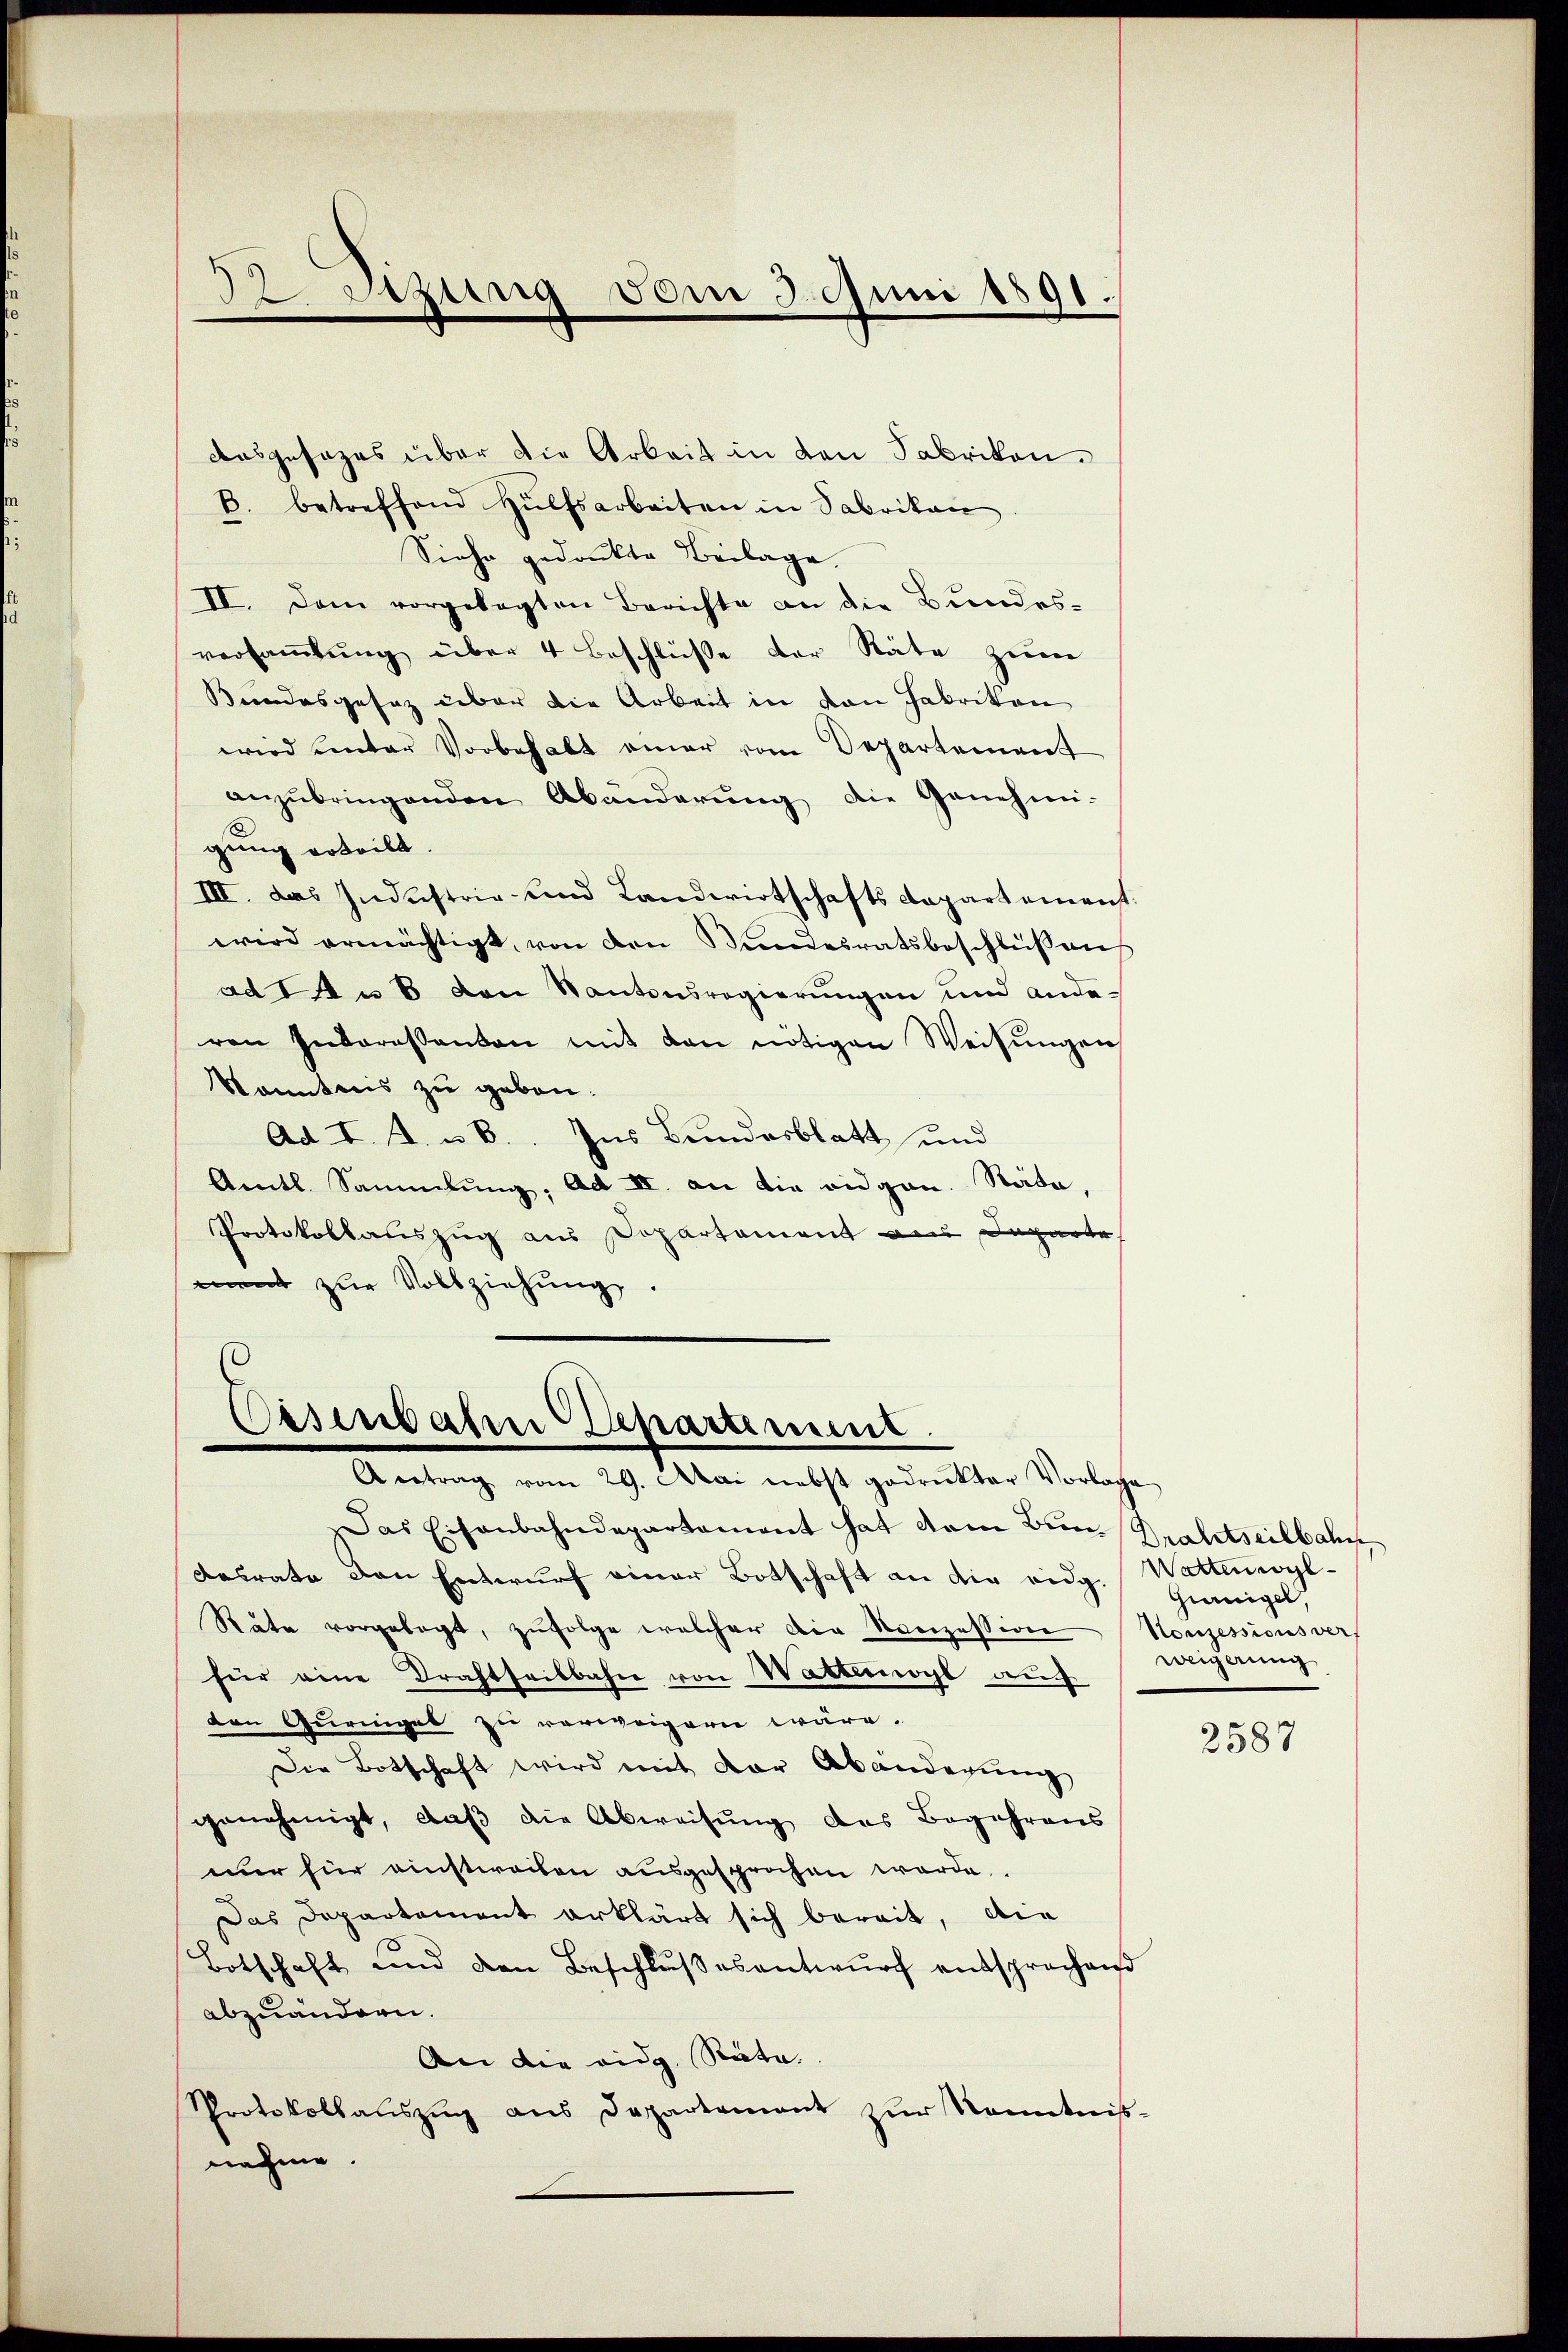
57 Sizung vom 3. Juni 1891.

Oesenbahn Departement.
Antrag vom 29. Mai nebst gedrukter Vorlage

ausgesezes über die Arbeit in den Fabrikon.
B. betreffend Hülfsarbeiten in Fabrikan
Siehe gedankte Beilage.
II. Dem vorgelegten Berichte an die Bundes-
versaṁlŭng über 4 Beschlüße der Räte zum
Bundesgesaz über die Arbeit in von Fabrikon
wird unter Vorbehalt einer vom Departement
anzŭbringenden Abänderŭng die Genehmi-
gung erteilt.
III. das Industrie und Landwirtschafts Departement.
wird ermächtigt, von den Kindesratsbeschlüssens
ad 1. u 6 von Kantonsregierungen und anderen Inderessanten mit den nötigen Weisŭngen
Kenntnis zu geben.
Ad I. A. u B. Ins Bundesblatt und
Amtl. Sammlung, Ad II. an die eidgen. Stäte,
Protokollauszug aus Departement aus Departe
ment zŭr Vollziehŭng.

Das Eisenbahndepartament hat dem Bun- Praestseilbahn
desrate den Entwurf einer Botschaft an die eidg.
Rate vorgelegt, zŭfolge welcher die Kreizession Konzessionsver
für eine Drahtseitbahn von Watteogl auch
den Guringel zu verweigern wäre.
Die Botschaft wird mit der Abänderung
genehmigt, daß die Abweisung des Begehrens
nur für einstweiben ausgesprochen werde.
Das Departement erklärt sich bereit, die
Botschaft und den Beschlŭβ es antwurf entsprochend
abzuändern.
An die eidg. Räte.
Protokollauszug aus Departement zur Kenntnißnahme.

Wattenwyl
Günigel,
weigerung

2587